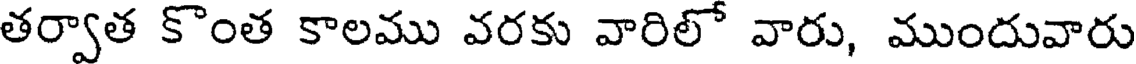
తర్వాత కొంత కాలము వరకు వారిలో వారు, ముందువారు